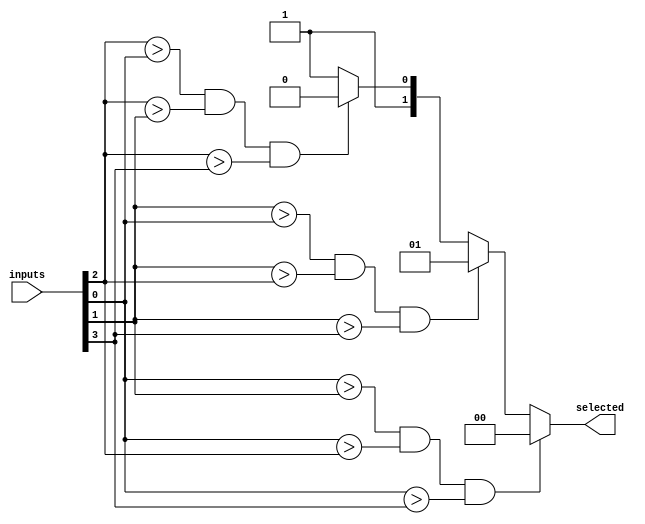
module priority_arbiter (
    input wire [3:0] inputs,
    output reg [1:0] selected
);

always @* begin
    if (inputs[0] > inputs[1] && inputs[0] > inputs[2] && inputs[0] > inputs[3]) begin
        selected = 2'b00; // Input 0 has highest priority
    end else if (inputs[1] > inputs[0] && inputs[1] > inputs[2] && inputs[1] > inputs[3]) begin
        selected = 2'b01; // Input 1 has highest priority
    end else if (inputs[2] > inputs[0] && inputs[2] > inputs[1] && inputs[2] > inputs[3]) begin
        selected = 2'b10; // Input 2 has highest priority
    end else begin
        selected = 2'b11; // Input 3 has highest priority
    end
end

endmodule